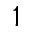
1